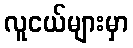
လူငယ်များမှာ